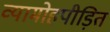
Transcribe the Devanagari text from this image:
व्यामोहपीड़ित